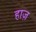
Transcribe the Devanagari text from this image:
हाज़